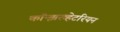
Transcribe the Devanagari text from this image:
कॉन्झरव्हेटरियन